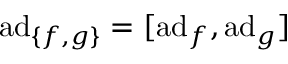
\operatorname { a d } _ { \{ f , g \} } = [ \operatorname { a d } _ { f } , \operatorname { a d } _ { g } ]